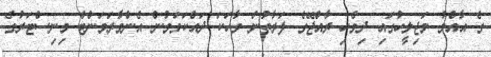
ގެ އާއްމު މަޖިލީހުގައި ދިވެހި ރާއްޖޭގެ ފަރާތުން ވާހަކަ ދައްކަވަމުން އެންވާރަމަންޓް މިނިސްޓަރުގެ